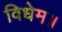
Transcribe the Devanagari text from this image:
विधेम॥